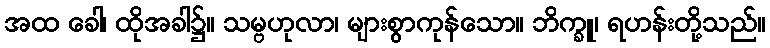
အထ ခေါ၊ ထိုအခါ၌။ သမ္ဗဟုလာ၊ များစွာကုန်သော။ ဘိက္ခူ၊ ရဟန်းတို့သည်။